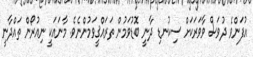
އުފަންވެ ދުވަސް ވާވަރަކަށް ސިކުނޑި ދާނީ ބޮޑުވަމުން ތަރައްޤީވަމުންނެވެ. މާނައަކީ ނިއުރޯން ތައްދާނީ